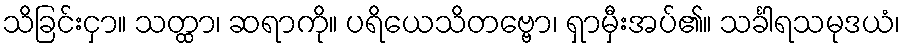
သိခြင်းငှာ။ သတ္ထာ၊ ဆရာကို။ ပရိယေသိတဗ္ဗော၊ ရှာမှီးအပ်၏။ သင်္ခါရသမုဒယံ၊